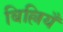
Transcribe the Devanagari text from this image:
बिल्लियँ